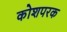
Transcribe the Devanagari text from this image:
कोशपरक